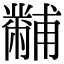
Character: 黼